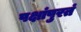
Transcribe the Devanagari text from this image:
पक्षांपुरतं